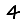
Digit: 4